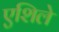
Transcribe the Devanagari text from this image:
एशिले